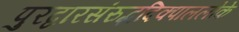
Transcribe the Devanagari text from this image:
पुरद्वारसंरुद्धदिक्पाललोके